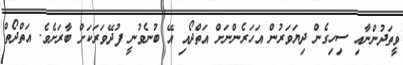
ވީތަދުންނާއި ސިހިގެން ދިޔަވަރުން އަހަރެންނަށް އަތްދޯއި އޭ ބުނެވުނީ ފުދޭވަރަކަށް ބާރަށެވެ. އަތްދޯތް